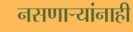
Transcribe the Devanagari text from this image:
नसणार्‍यांनाही